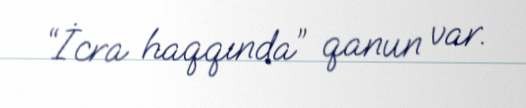
“İcra haqqında” qanun var.